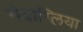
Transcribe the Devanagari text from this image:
मेदाग्लिया